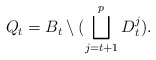
\begin{align*} Q_t=B_t\setminus(\bigsqcup_{j=t+1}^p D_t^j). \end{align*}